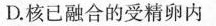
D.核已融合的受精卵内